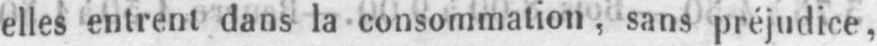
elles entrent dans la consommation, sans préjudice,